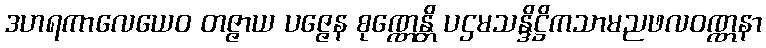
ဒဟရကာလေယေဝ တဇ္ဇာယ ပဇ္ဇေန စုဏ္ဏေန္တိ ပဌမသန္ဒိဋ္ဌိကသာမညဖလဝဏ္ဏနာ